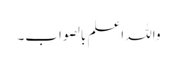
واللہ اعلم بالصواب۔